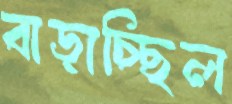
বাড়াচ্ছিল